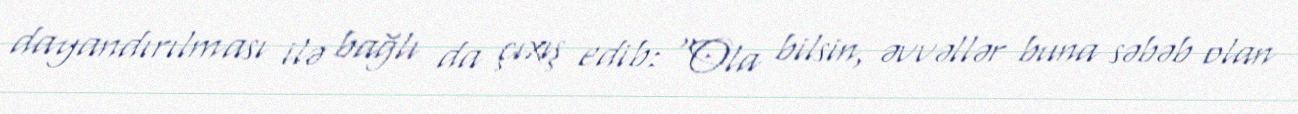
dayandırılması ilə bağlı da çıxış edib: “Ola bilsin, əvvəllər buna səbəb olan